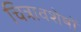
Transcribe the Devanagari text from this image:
चित्रावशेषों